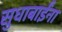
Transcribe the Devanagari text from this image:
सुधाबाईंना